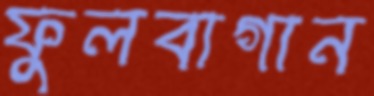
ফুলবাগান